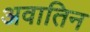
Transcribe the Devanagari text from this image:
अवातिन